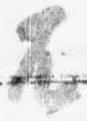
不